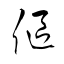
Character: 傴